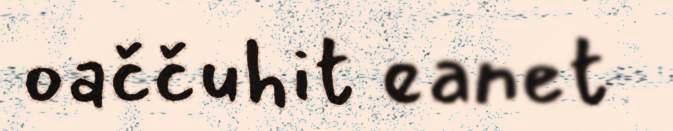
oaččuhit eanet